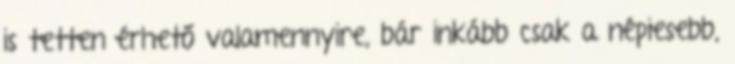
is tetten érhető valamennyire, bár inkább csak a népiesebb,